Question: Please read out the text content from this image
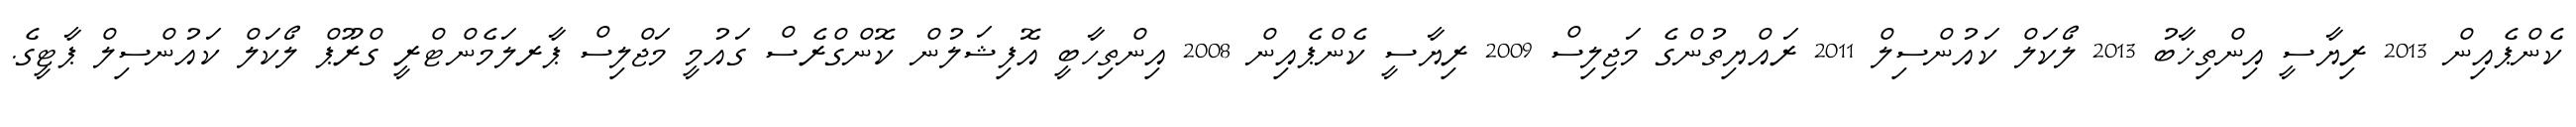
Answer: ކެންޕެއިން 2013 ރިޔާސީ އިންތިޚާބު 2013 ލޯކަލް ކައުންސިލް 2011 ރައްޔިތުންގެ މަޖިލިސް 2009 ރިޔާސީ ކެންޕެއިން 2008 އިންތިހާބީ އޮފިޝަލުން ކޮންގްރެސް ގައުމީ މަޖްލިސް ޕާރލަމެންޓްރީ ގްރޫޕް ލޯކަލް ކައުންސިލް ޕާޓީގެ.